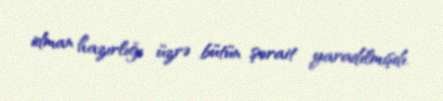
idman hazırlığı üzrə bütün şərait yaradılmışdı.